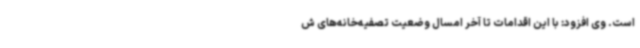
است. وی افزود: با این اقدامات تا آخر امسال وضعیت تصفیه‌خانه‌های ش